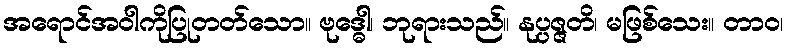
အရောင်အဝါကိုပြုတတ်သော။ ဗုဒ္ဓေါ၊ ဘုရားသည်။ နုပ္ပဇ္ဇတိ၊ မဖြစ်သေး။ တာဝ၊